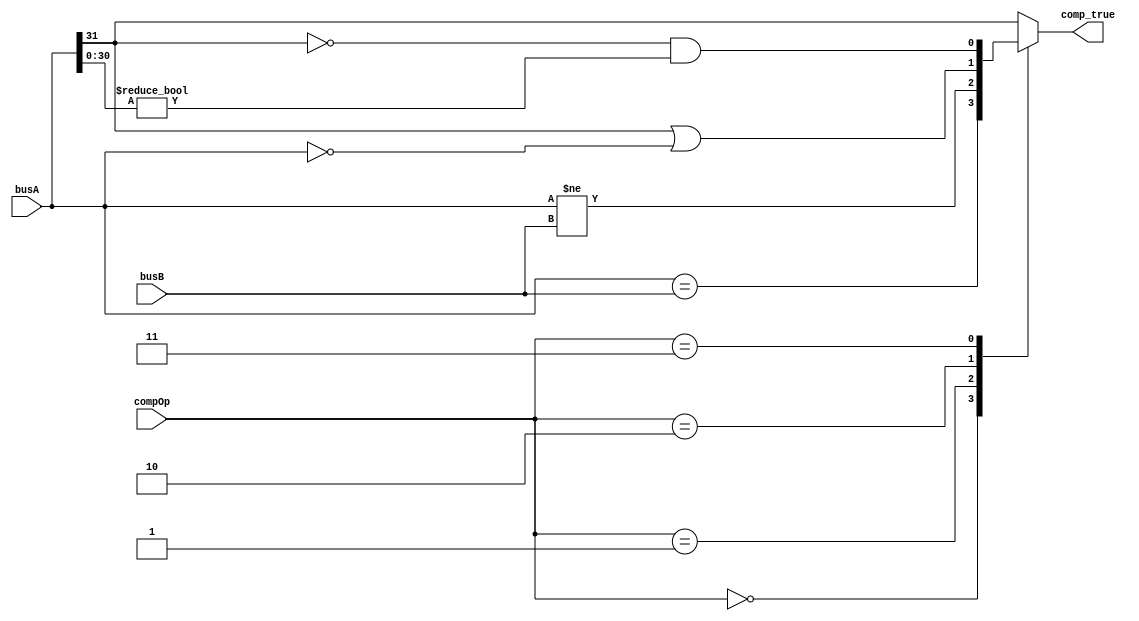
`timescale 1ns / 1ps
module Comparer(
    input wire [31:0]busA,
    input wire [31:0]busB,
    input wire [2:0]compOp, //  0:beq 1:bne 2:blez 3:bgtz 4:bltz
    output reg comp_true // compOp10
    );
    
    always @(*) begin
        case(compOp)
        3'd0: comp_true <= busA == busB; //beq
        3'd1: comp_true <= busA != busB; //bne
        3'd2: comp_true <= busA[31] | (busA == 32'd0); //blez
        3'd3: comp_true <= (!busA[31] & (busA[30:0] != 31'd0)); //bgtz
        default: comp_true <= busA[31]; //bltz
        endcase
    end
endmodule